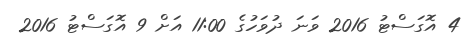
4 އޮގަސްޓު 2016 ވަނަ ދުވަހުގެ 11:00 އަށް 9 އޮގަސްޓު 2016